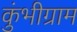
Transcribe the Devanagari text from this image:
कुंभीग्राम